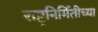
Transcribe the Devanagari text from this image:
राष्ट्रनिर्मितीच्या